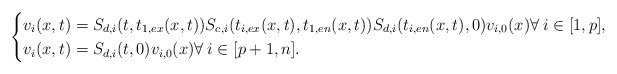
\begin{align*} \begin{cases} v_i(x,t)=S_{d,i}(t,t_{1,ex}(x,t))S_{c,i}(t_{i,ex}(x,t),t_{1,en}(x,t))S_{d,i}(t_{i,en}(x,t),0)v_{i,0}(x) \forall\:i\in[1,p], \\ v_i(x,t)=S_{d,i}(t,0)v_{i,0}(x) \forall\:i\in[p+1,n]. \end{cases} \end{align*}